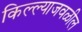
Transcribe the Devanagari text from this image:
किल्ल्याजवळील